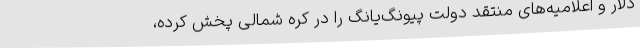
دلار و اعلامیه‌های منتقد دولت پیونگ‌یانگ را در کره شمالی پخش کرده،